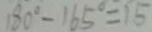
1 8 0 ^ { \circ } - 1 6 5 ^ { \circ } = 1 5